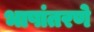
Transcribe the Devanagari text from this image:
भाषांतरणे